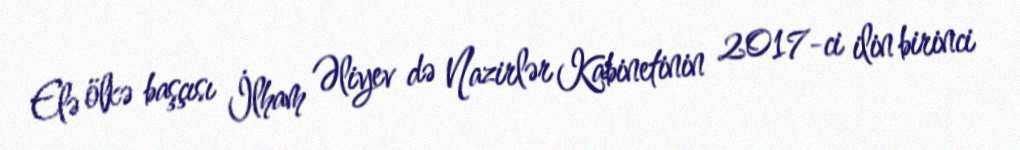
Elə ölkə başçısı İlham Əliyev də Nazirlər Kabinetinin 2017-ci ilin birinci